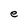
Character: e